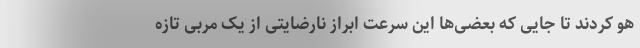
هو کردند تا جایی که بعضی‌ها این سرعتِ ابرازِ نارضایتی از یک مربی تازه